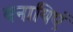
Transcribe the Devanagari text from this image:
बनायिएं